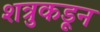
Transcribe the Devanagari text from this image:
शत्रुकडून